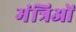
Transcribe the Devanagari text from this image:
मंत्रिओं